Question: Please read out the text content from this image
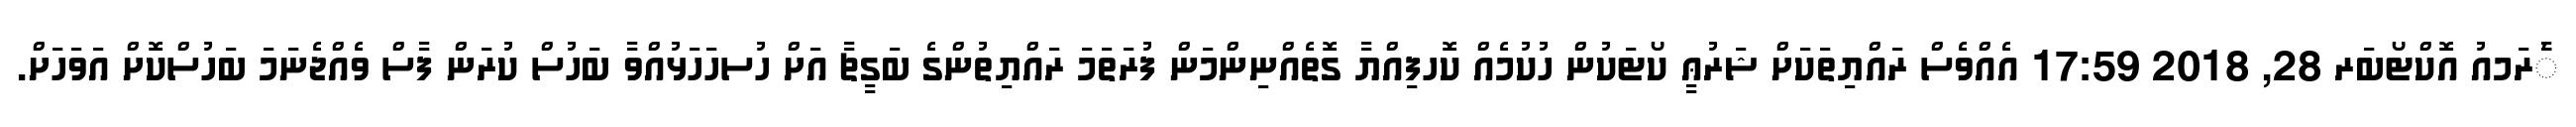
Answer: ާަެރަމއު އޮކްޓޯބަރ 28, 2018 17:59 އެއްވެސް ރައްޔިތަކަށް ޝަރުޢީ ކޯޓަކުން ހުކުމެއް ކޮހފިއްޔާ ގޮތެއްނިންމަން ފުރަތަމަ ރައްޔިތުންގެ ބަގީޗާ އަށް ހުސހަހަޅުއްވާ ބަހުސް ކުރަން ފާސް ވެއްޖެނަމަ ބަހުސްކޮށް އަވަހަށް.